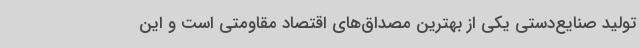
تولید صنایع‌دستی یکی از بهترین مصداق‌های اقتصاد مقاومتی است و این